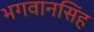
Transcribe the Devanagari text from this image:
भगवानसिंह